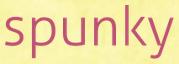
spunky